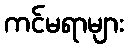
ကင်မရာများ